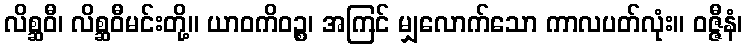
လိစ္ဆဝီ၊ လိစ္ဆဝီမင်းတို့။ ယာဝကိဝဉ္စ၊ အကြင် မျှလောက်သော ကာလပတ်လုံး။ ဝဇ္ဇီနံ၊